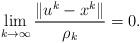
LaTeX: \begin{align*}\lim_{k \to \infty}\frac{\|u^{k} - x^k \|}{\rho_k} = 0.\end{align*}